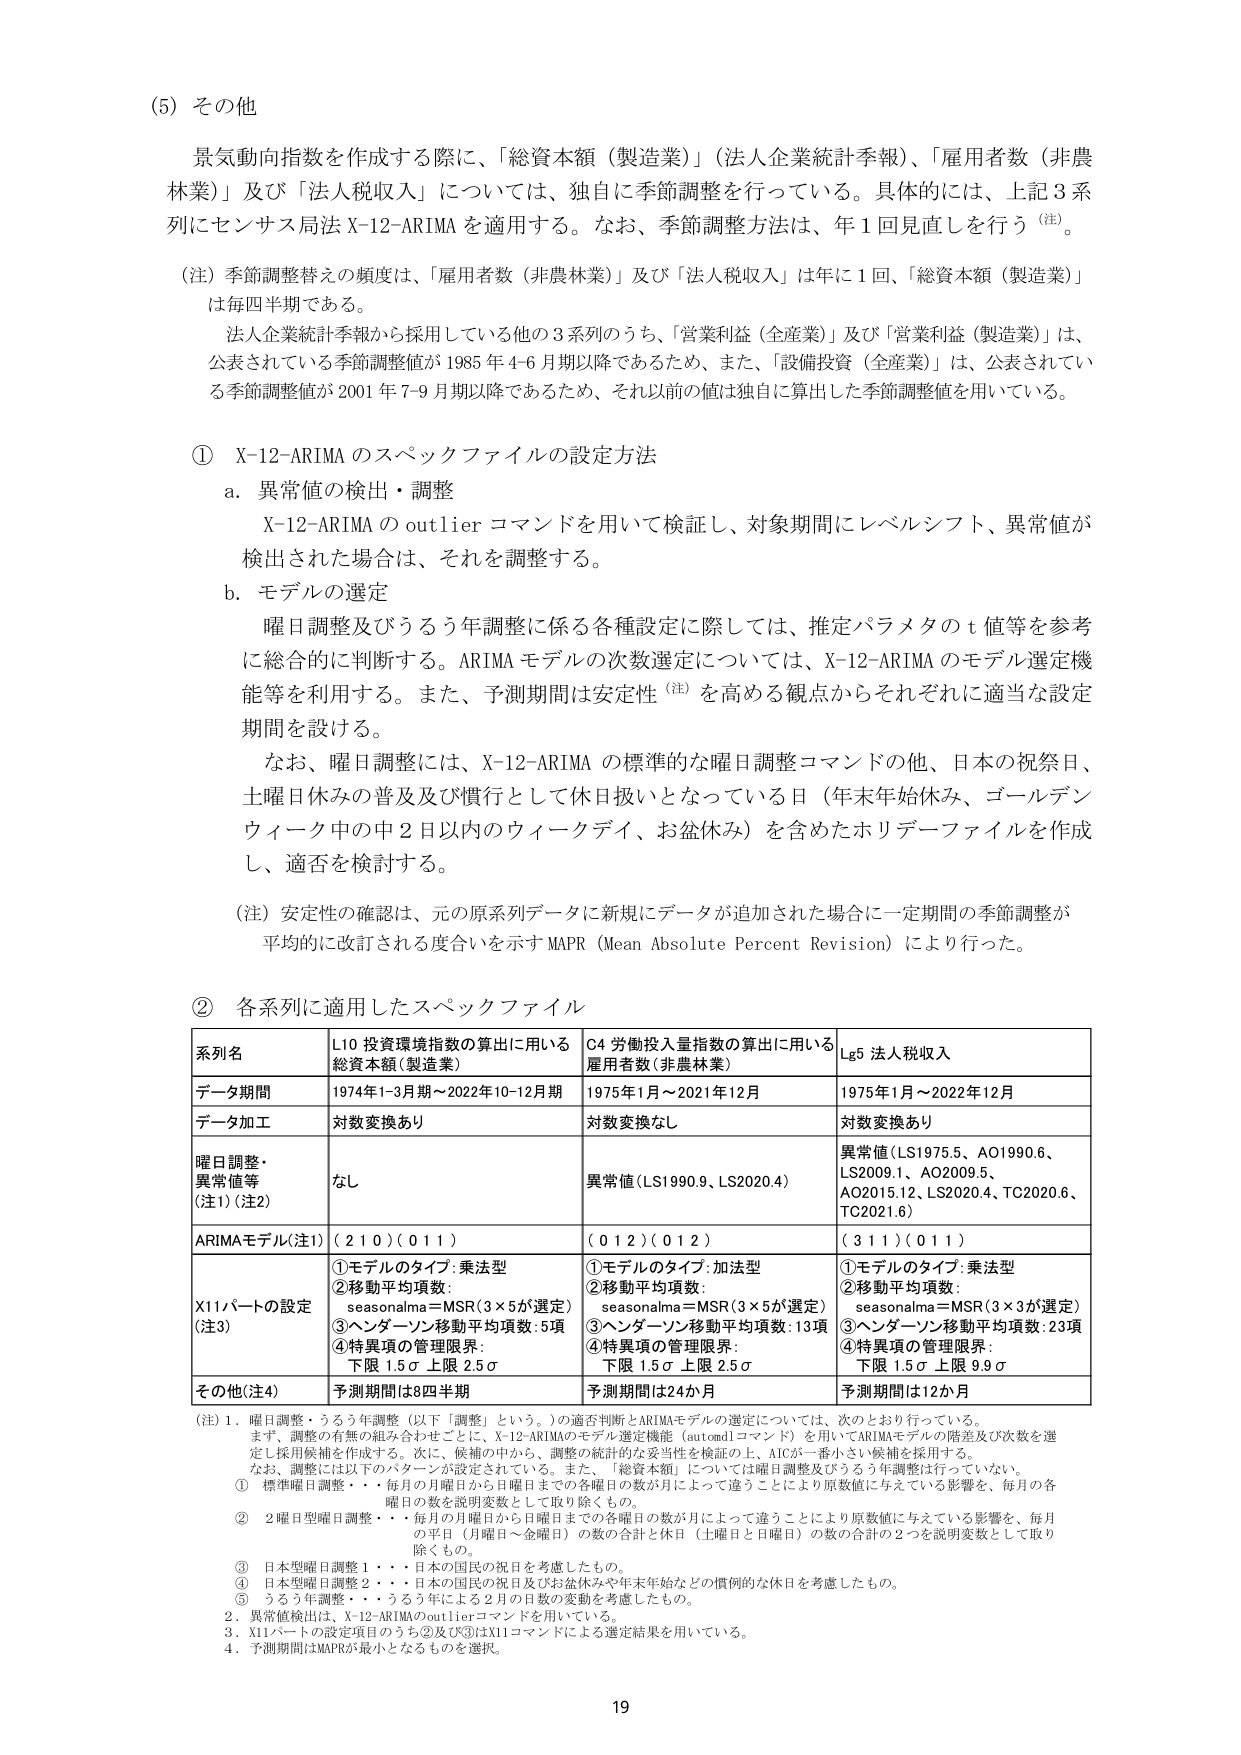
(5) その他

景気動向指数を作成する際に、「総資本額（製造業）」（法人企業統計季報）、「雇用者数（非農林業）」及び「法人税収入」については、独自に季節調整を行っている。具体的には、上記3系列にセンサス局法 X-12-ARIMA を適用する。なお、季節調整方法は、年1回見直しを行う（注）。

（注）季節調整替えの頻度は、「雇用者数（非農林業）」及び「法人税収入」は年に1回、「総資本額（製造業）」は毎四半期である。

法人企業統計季報から採用している他の3系列のうち、「営業利益（全産業）」及び「営業利益（製造業）」は、公表されている季節調整値が1985年4-6月期以降であるため、また、「設備投資（全産業）」は、公表されている季節調整値が2001年7-9月期以降であるため、それ以前の値は独自に算出した季節調整値を用いている。

① X-12-ARIMA のスペックファイルの設定方法

a. 異常値の検出・調整
X-12-ARIMA の outlier コマンドを用いて検証し、対象期間にレベルシフト、異常値が検出された場合は、それを調整する。

b. モデルの選定
曜日調整及びうるう年調整に係る各種設定に際しては、推定パラメタの t 値等を参考に総合的に判断する。ARIMA モデルの次数選定については、X-12-ARIMA のモデル選定機能等を利用する。また、予測期間は安定性（注）を高める観点からそれぞれに適当な設定期間を設ける。

なお、曜日調整には、X-12-ARIMA の標準的な曜日調整コマンドの他、日本の祝祭日、土曜日休みの普及及び慣行として休日扱いとなっている日（年末年始休み、ゴールデンウィークの中2日以内のウィークデイ、お盆休み）を含めたホリデーファイルを作成し、適否を検討する。

（注）安定性の確認は、元の原系列データに新規にデータが追加された場合に一定期間の季節調整が平均的に改訂される度合いを示す MAPR（Mean Absolute Percent Revision）により行った。

② 各系列に適用したスペックファイル

| 系列名 | L10 投資環境指数の算出に用いる総資本額（製造業） | C4 労働投入量指数の算出に用いる雇用者数（非農林業） | Lg5 法人税収入 |
|--------|-----------------------------------------------|-----------------------------------------------|----------------|
| データ期間 | 1974年1-3月期～2022年10-12月期 | 1975年1月～2021年12月 | 1975年1月～2022年12月 |
| データ加工 | 対数変換あり | 対数変換なし | 対数変換あり |
| 曜日調整・異常値等（注1）（注2） | なし | 異常値（LS1990.9、LS2020.4） | 異常値（LS1975.5、AO1990.6、LS2009.1、AO2009.5、AO2015.12、LS2020.4、TC2020.6、TC2021.6） |
| ARIMAモデル（注1） | （2 1 0）（0 1 1） | （0 1 2）（0 1 2） | （3 1 1）（0 1 1） |
| X11パートの設定（注3） | ①モデルのタイプ：乗法型<br>②移動平均項数：<br>seasonalma＝MSR（3×5が選定）<br>③ヘンダーソン移動平均項数：5項<br>④特異項の管理限界：<br>下限 1.5σ 上限 2.5σ | ①モデルのタイプ：加法型<br>②移動平均項数：<br>seasonalma＝MSR（3×5が選定）<br>③ヘンダーソン移動平均項数：13項<br>④特異項の管理限界：<br>下限 1.5σ 上限 2.5σ | ①モデルのタイプ：乗法型<br>②移動平均項数：<br>seasonalma＝MSR（3×3が選定）<br>③ヘンダーソン移動平均項数：23項<br>④特異項の管理限界：<br>下限 1.5σ 上限 9.9σ |
| その他（注4） | 予測期間は8四半期 | 予測期間は24か月 | 予測期間は12か月 |

（注）1. 曜日調整・うるう年調整（以下「調整」という。）の適否判断とARIMAモデルの選定については、次のとおり行っている。
まず、調整の有無の組み合わせごとに、X-12-ARIMAのモデル選定機能（automdlコマンド）を用いてARIMAモデルの階差及び次数を選定し採用候補を作成する。次に、候補の中から、調整の統計的な妥当性を検証の上、AICが一番小さい候補を採用する。
なお、調整には以下のパターンが設定されている。また、「総資本額」については曜日調整及びうるう年調整は行っていない。
① 標準曜日調整・・・毎月の月曜日から日曜日までの各曜日の数が月によって違うことにより原数値に与えている影響を、毎月の各曜日の数を説明変数として取り除くもの。
② 2曜日型曜日調整・・・毎月の月曜日から日曜日までの各曜日の数が月によって違うことにより原数値に与えている影響を、毎月の平日（月曜日～金曜日）の数の合計と休日（土曜日と日曜日）の数の合計の2つを説明変数として取り除くもの。
③ 日本型曜日調整1・・・日本の国民の祝日を考慮したもの。
④ 日本型曜日調整2・・・日本の国民の祝日及びお盆休みや年末年始などの慣例的な休日を考慮したもの。
⑤ うるう年調整・・・うるう年による2月の日数の変動を考慮したもの。
2. 異常値検出は、X-12-ARIMAのoutlierコマンドを用いている。
3. X11パートの設定項目のうち②及び③はX11コマンドによる選定結果を用いている。
4. 予測期間はMAPRが最小となるものを選択。

19